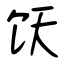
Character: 饫